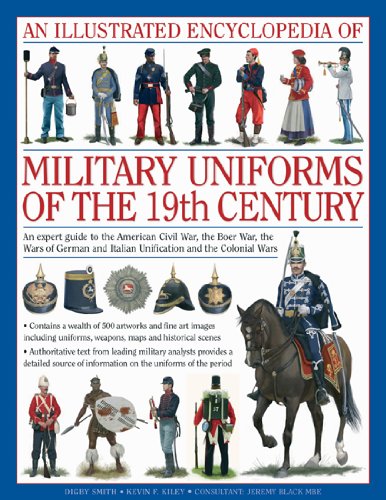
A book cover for An Illustrated Encyclopedia of Military Uniforms of the 19th Century: An Expert Guide to the American Civil War, the Boer War, the Wars of German and Italian Unification and the Colonial Wars; Digby Smith; History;